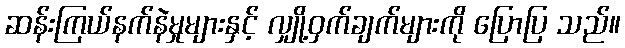
ဆန်းကြယ်နက်နဲမှုများနှင့် လျှို့ဝှက်ချက်များကို ပြောပြ သည်။